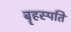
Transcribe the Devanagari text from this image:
बॄहस्पति